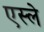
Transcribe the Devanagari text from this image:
एस्ले